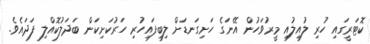
ކޮޓަރީގައި ހުރި ލުއިލުއި މީރުވަހުން އޭނަގެ ހަށިގަނޑަށް ލިބިފައިހުރި ހަރުކަށިކަން ބަދަލުކޮއްލި ފަދައެވެ.